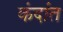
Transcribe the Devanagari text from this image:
कंदांत